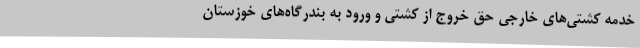
خدمه کشتی‌های خارجی حق خروج از کشتی و ورود به بندرگاه‌های خوزستان